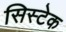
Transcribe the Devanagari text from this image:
सिस्टेक